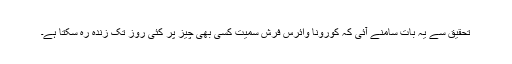
تحقیق سے یہ بات سامنے آئی کہ کورونا وائرس فرش سمیت کسی بھی چیز پر کئی روز تک زندہ رہ سکتا ہے۔